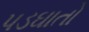
પડઘાતો